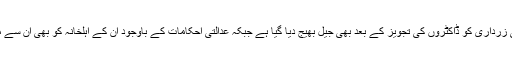
انہوں نے کہا کہ 'سابق صدر آصف علی زرداری کو ڈاکٹروں کی تجویز کے بعد بھی جیل بھیج دیا گیا ہے جبکہ عدالتی احکامات کے باوجود ان کے اہلخانہ کو بھی ان سے ملاقات کی اجازت نہیں دی جارہی ہے'۔